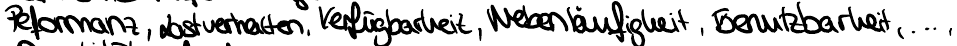
Performanz, Lastverhalten, Verfügbarkeit, Nebenläufigkeit, Benutzbarkeit,...,